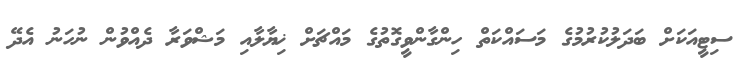
ސިޓީއަކަށް ބަދަލުކުރުމުގެ މަސައްކަތް ހިންގާންވީގޮތުގެ މައްޗަށް ޚިޔާލާއި މަޝްވަރާ ދެއްވުން ނުހަނު އެދޭ